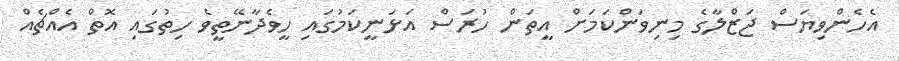
އެހެންވިޔަސް ޖަޒްލާގެ މިނިވަންކަމަށް އީތަން ހުރަސް އަޅަނީކަމުގައި ހީވެދާނޭތީވެ ހިތުގައި އޮތް އެއްޗެއް